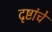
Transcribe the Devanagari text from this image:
दृष्टांचे